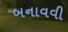
બનાવવી